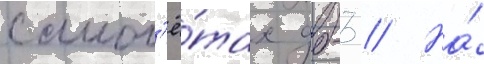
самол'ё́тах дб-3 // На́